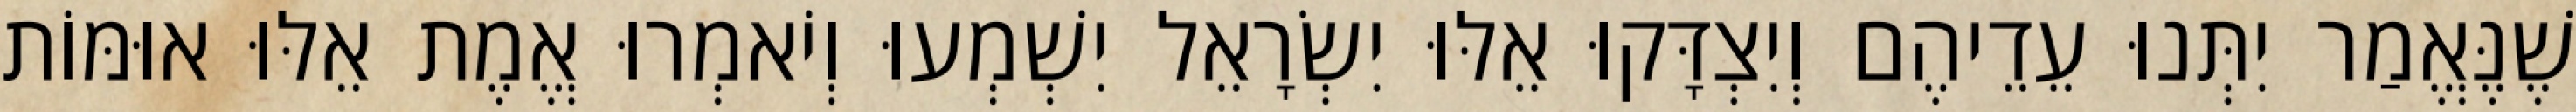
שֶׁנֶּאֱמַר יִתְּנוּ עֵדֵיהֶם וְיִצְדָּקוּ אֵלּוּ יִשְׂרָאֵל יִשְׁמְעוּ וְיֹאמְרוּ אֱמֶת אֵלּוּ אוּמּוֹת